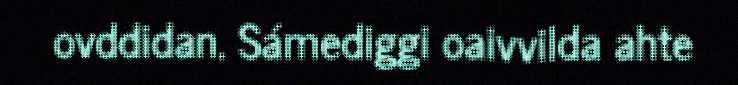
ovddidan. Sámediggi oaivvilda ahte